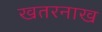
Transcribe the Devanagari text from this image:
खतरनाख